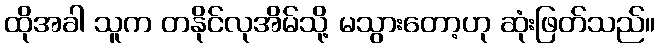
ထိုအခါ သူက တနိုင်လုအိမ်သို့ မသွားတော့ဟု ဆုံးဖြတ်သည်။